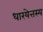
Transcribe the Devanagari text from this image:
धारयेत्तस्य